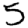
Digit: 5